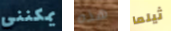
يمكنني هذه ثيلما